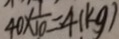
4 0 \times \frac { 1 } { 1 0 } = 4 ( k g )